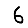
Digit: 6